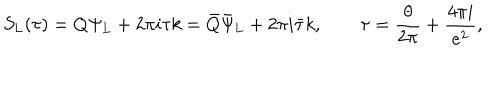
S _ { \mathrm { L } } ( \tau ) = Q \Psi _ { \mathrm { L } } + 2 \pi i \tau k = \bar { Q } \bar { \Psi } _ { \mathrm { L } } + 2 \pi i \bar { \tau } k , \qquad \tau = \frac { \theta } { 2 \pi } + \frac { 4 \pi i } { e ^ { 2 } } ,